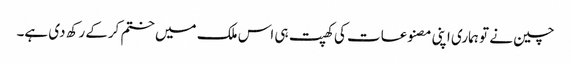
چین نے تو ہماری اپنی مصنوعات کی کھپت ہی اس ملک میں ختم کرکے رکھ دی ہے۔